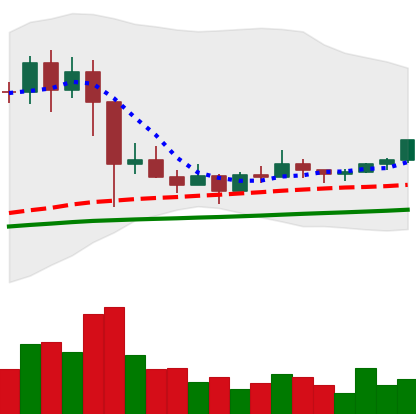
Ticker: EOS-USD
Chart end date: 2021-03-09
Forward return: -4.774%
Label: down_3_5